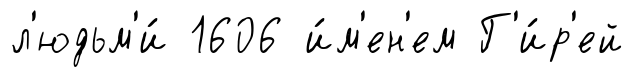
л'юдьм'и́ 1606 и́м'ен'ем Г'и́р'ей